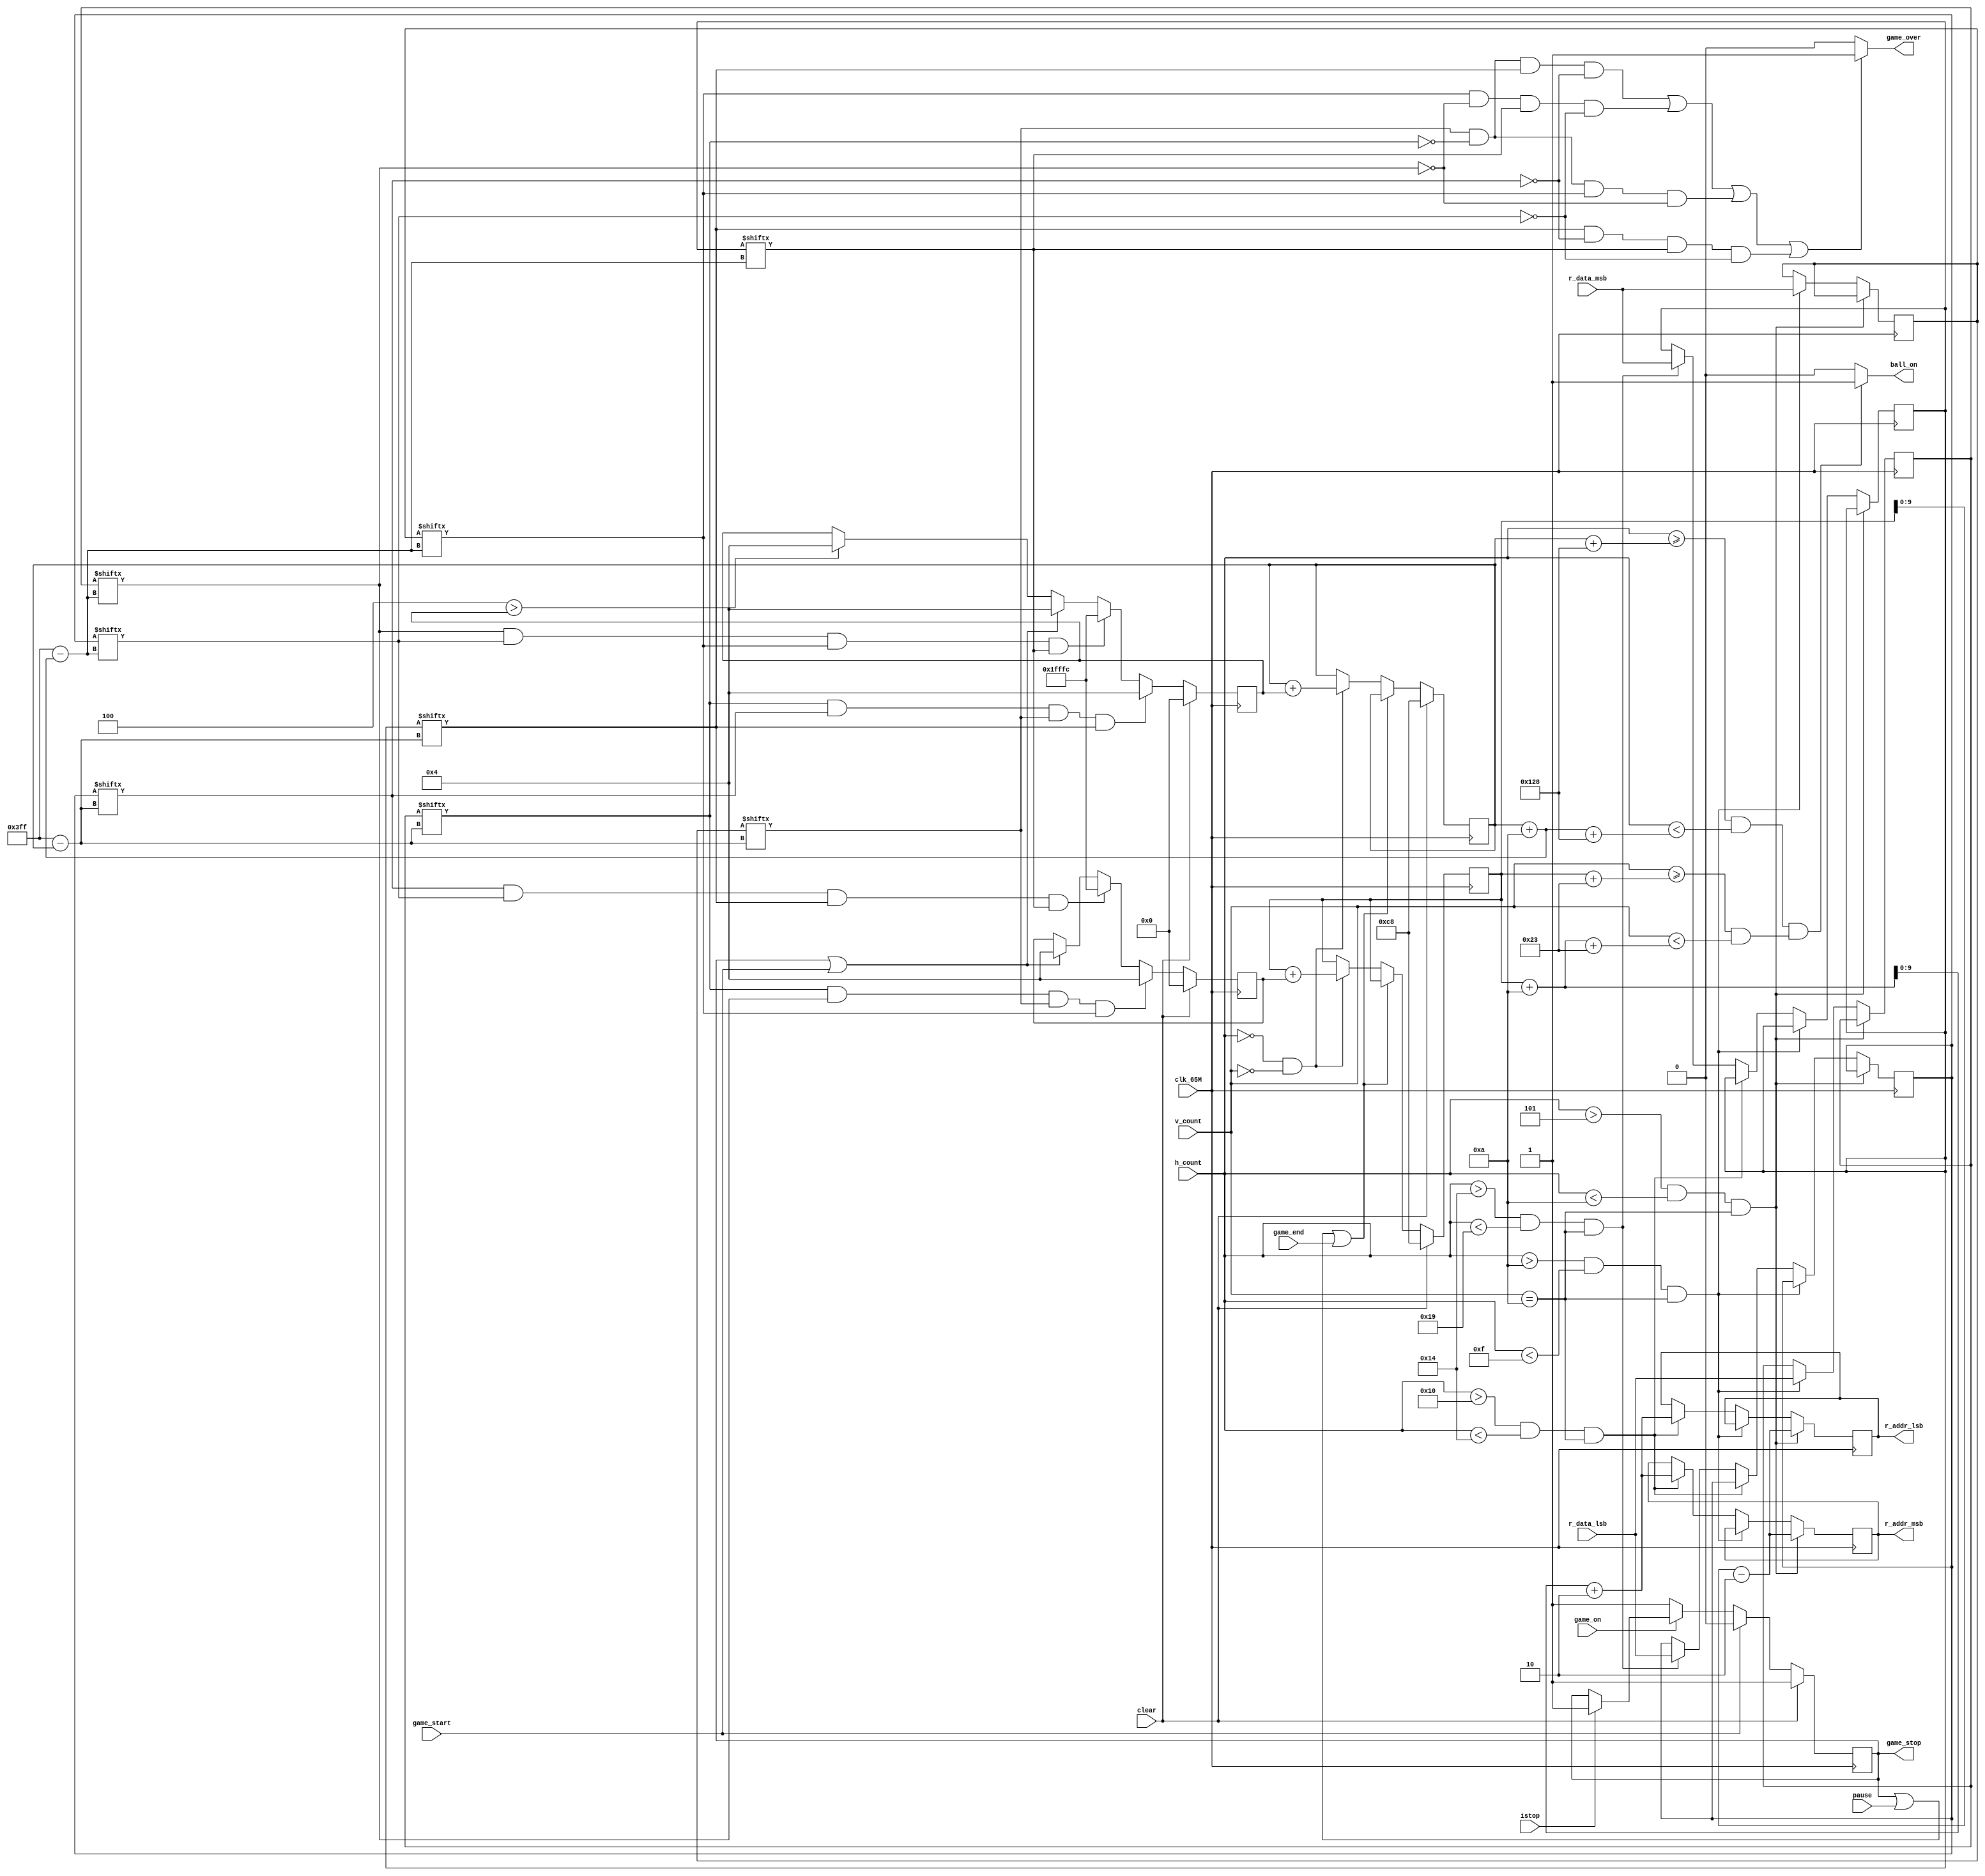
`timescale 1ns / 1ps
//////////////////////////////////////////////////////////////////////////////////
// Company: 
// Engineer: 
// 
// Design Name: 
// Module Name: ball_on_module
// Project Name: 
// Target Devices: 
// Tool Versions: 
// Description: 
// 
// Dependencies: 
// 
// Revision:
// Revision 0.01 - File Created
// Additional Comments:
// 
//////////////////////////////////////////////////////////////////////////////////


module ball_on_module            //module for ennemy ball which moves in shaded area
(   input game_end,
    input clk_65M, input clear, input [16:0] h_count, input pause,
    input [16:0] v_count, input game_start, input game_on, input istop,
    input [0:1023] r_data_lsb ,input [0:1023] r_data_msb,
    output reg [9:0] r_addr_lsb, output reg [9:0] r_addr_msb,
    output reg game_over, output reg ball_on,
    output reg game_stop
);
 
    parameter HPIXELS = 1344;
    parameter VLINES = 806;
    parameter HBP = 296;
    parameter HFP = 1320;
    parameter VBP = 35;
    parameter VFP = 803;
    parameter HSP = 136;
    parameter VSP = 6;
    parameter HSCREEN = 1024;
    parameter VSCREEN = 768;
    
    parameter XSTART_POSITION = 200;
    parameter YSTART_POSITION = 200;
    parameter BALL_SIZE = 10;
    parameter BALL_DEFAULT_VELOCITY = 4;
    

    
    reg [0:1023] doutb1_up_lsb, doutb1_up_msb, doutb1_down_lsb, doutb1_down_msb;
    wire [9:0] r_addr1_up_lsb, r_addr1_up_msb, r_addr1_down_lsb, r_addr1_down_msb;
    //reg [1:0] PS,NS;

    //2 read operations from bram are timed
    always @(posedge clk_65M)
    begin
        if(h_count >5 && h_count <10 && v_count==10)
            begin
                r_addr_msb <= r_addr1_up_msb;
                r_addr_lsb <= r_addr1_up_lsb;
            end
        else if(h_count >10 && h_count <15 && v_count==10)
            begin
                doutb1_up_lsb <= r_data_lsb;                        //bram data output at r_addr1_msb 
                doutb1_up_msb <= r_data_msb;                        //bram data output at r_addr1_lsb
            end
        else if(h_count >16 && h_count <20 && v_count==10)
            begin
                r_addr_msb <= r_addr1_down_msb;
                r_addr_lsb <= r_addr1_down_lsb;
            end
        else if(h_count >20 && h_count <25 && v_count==10)
            begin
                doutb1_down_lsb <= r_data_lsb;                      //bram data output at r_addr2_lsb
                doutb1_down_msb <= r_data_msb;                      //bram data output at r_addr2_msb
            end
    end
    
//    reg game_stop;
    wire [16:0] ball_xstart, ball_ystart, ball_xstop, ball_ystop;
    
    //ball_on is one when electron beam is in ball region
    always @(*)
    begin
        if (((h_count >= ball_xstart+HBP) && (h_count < ball_xstop+HBP)) && ((v_count >= ball_ystart+VBP) && (v_count < ball_ystop+VBP)))
            ball_on = 1;
        else
            ball_on = 0;
    end
    
    reg [16:0] ball_xstart_reg, ball_ystart_reg, ball_xstart_next, ball_ystart_next;
    assign ball_xstart = ball_xstart_reg;
    assign ball_xstop = ball_xstart_reg + BALL_SIZE;
    assign ball_ystart = ball_ystart_reg;
    assign ball_ystop = ball_ystart_reg + BALL_SIZE;
    
    assign r_addr1_up_lsb = ball_ystart-2;
    assign r_addr1_up_msb = ball_ystart-2;
    assign r_addr1_down_lsb = ball_ystop+2;
    assign r_addr1_down_msb = ball_ystop+2;
    
    always @(posedge clk_65M)
    begin
        if (clear == 1'b1)
        begin
            ball_xstart_reg <= XSTART_POSITION;
            ball_ystart_reg <= YSTART_POSITION;
        end
        else
        begin
            ball_xstart_reg <= ball_xstart_next;
            ball_ystart_reg <= ball_ystart_next;
        end
    end
    
    wire refr_tick;
    assign refr_tick = ((h_count == 0) && (v_count == 0));
    
    reg [16:0] ball_xstart_delta_reg, ball_ystart_delta_reg;
    reg [16:0] ball_xstart_delta_next, ball_ystart_delta_next;
    
   
    always @(*)
    begin
        ball_xstart_next = ball_xstart_reg;
        if (game_stop | pause | game_end)
            ball_xstart_next = ball_xstart_reg;
        else if (refr_tick == 1)
            ball_xstart_next = ball_xstart_reg + ball_xstart_delta_reg;
    end
    
    always @(*)
    begin
        ball_ystart_next = ball_ystart_reg;
        if (game_stop | pause | game_end)
            ball_ystart_next = ball_ystart_reg;
        else if (refr_tick == 1)
            ball_ystart_next = ball_ystart_reg + ball_ystart_delta_reg;
    end
    
    always @(posedge clk_65M)
    begin
        if (clear == 1)
        begin
            ball_xstart_delta_reg <= 0;
            ball_ystart_delta_reg <= 0;
        end
        else
        begin
            ball_xstart_delta_reg <= ball_xstart_delta_next;
            ball_ystart_delta_reg <= ball_ystart_delta_next;
        end
    end
    
    always @(*)
    begin
        if ((doutb1_up_msb[ball_xstart] & ~doutb1_up_lsb[ball_xstart] & doutb1_down_msb[ball_xstart] & ~doutb1_down_lsb[ball_xstart])
            | (doutb1_up_msb[ball_xstop] & ~doutb1_up_lsb[ball_xstop] & doutb1_down_msb[ball_xstop] & ~doutb1_down_lsb[ball_xstop])
            | (doutb1_up_msb[ball_xstart] & ~doutb1_up_lsb[ball_xstart] & doutb1_up_msb[ball_xstop] & ~doutb1_up_lsb[ball_xstop])
            | (doutb1_down_msb[ball_xstart] & ~doutb1_down_lsb[ball_xstart] & doutb1_down_msb[ball_xstop] & ~doutb1_down_lsb[ball_xstop]))
            
            game_over = 1'b1;
        
        else
        
            game_over = 1'b0; 
    end
    
    reg [16:0] ball_velocity_reg = BALL_DEFAULT_VELOCITY;
    always @(*)
    begin
        ball_xstart_delta_next = ball_xstart_delta_reg;
        if ((doutb1_up_lsb[ball_xstart] & doutb1_down_lsb[ball_xstart] & doutb1_up_msb[ball_xstart] & doutb1_down_msb[ball_xstart]))      //collision check of ball while moving right here
            ball_xstart_delta_next = ball_velocity_reg;                                             //ball go right
        else if ((doutb1_up_lsb[ball_xstop] & doutb1_down_lsb[ball_xstop] & doutb1_up_msb[ball_xstop] & doutb1_down_msb[ball_xstop]))     //collision check of ball while moving right here
            ball_xstart_delta_next = -ball_velocity_reg;                                            //ball go left
        else if (game_stop == 1 || game_start == 1)
            ball_xstart_delta_next = BALL_DEFAULT_VELOCITY;                                         //ball go right for positive default velocity as in this case
        else if (ball_velocity_reg > ball_xstart_delta_reg)
            ball_xstart_delta_next = ball_velocity_reg;                                             //ball go right
    end
    
    always @(*)
    begin
        ball_ystart_delta_next = ball_ystart_delta_reg;
        if ((doutb1_up_lsb[ball_xstart] & doutb1_up_lsb[ball_xstop] & doutb1_up_msb[ball_xstart] & doutb1_up_msb[ball_xstop]))          //collision check of ball while moving up here
            ball_ystart_delta_next = ball_velocity_reg;                             //ball go downward
        else if ((doutb1_down_lsb[ball_xstart] & doutb1_down_lsb[ball_xstop] & doutb1_down_msb[ball_xstart] & doutb1_down_msb[ball_xstop]))         //collision check of ball while moving left here
            ball_ystart_delta_next = -ball_velocity_reg;                            //ball go upward                                  
        else if (game_stop == 1 || game_start == 1)
            ball_ystart_delta_next = BALL_DEFAULT_VELOCITY;
    end
    
    always @(posedge clk_65M)
    begin
        if (clear)
            game_stop = 1;
        else if (game_start)
            game_stop = 0;
        else if (~game_on)
            game_stop = 1;
        else if(istop)
            game_stop = 1;
    end
    
endmodule